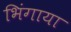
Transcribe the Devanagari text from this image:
भिंगाया